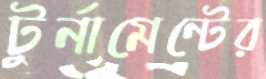
টুর্নামেন্টের